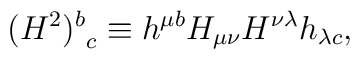
(H^2)^b_{~c} \equiv h^{\mu b} H_{\mu \nu} H^{\nu \lambda} h_{\lambda c},